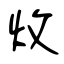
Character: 炇